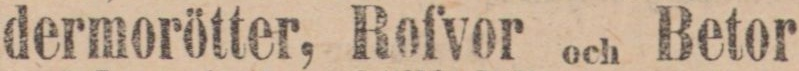
dermorötter, Rofvor och Betor